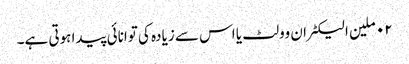
٠٢ ملین الیکٹران وولٹ یا اس سے زیادہ کی توانائی پیدا ہوتی ہے۔